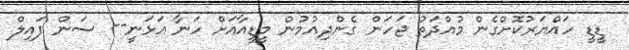
ޑީޑީ ހައްޔަރުކޮށްގެން މުއްދަތު ޖަހަން ގެންދިއުމުން މީޑީއާއަށް ހަނާ އަޅަނީ-- ސަން ފައިލް